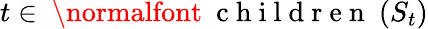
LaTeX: t\in\mathrm{~\normalfont~{~c~h~i~l~d~r~e~n~}~}(S_{t})